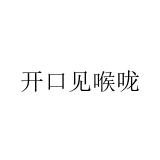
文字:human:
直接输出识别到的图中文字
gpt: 开口见喉咙